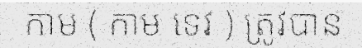
កាម ( កាម ទេវ ) ត្រូវបាន